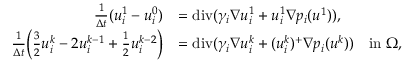
\begin{array} { r l } { \frac { 1 } { \Delta t } ( u _ { i } ^ { 1 } - u _ { i } ^ { 0 } ) } & { = \operatorname { d i v } ( \gamma _ { i } \nabla u _ { i } ^ { 1 } + u _ { i } ^ { 1 } \nabla p _ { i } ( u ^ { 1 } ) ) , } \\ { \frac { 1 } { \Delta t } \bigg ( \frac 3 2 u _ { i } ^ { k } - 2 u _ { i } ^ { k - 1 } + \frac 1 2 u _ { i } ^ { k - 2 } \bigg ) } & { = \operatorname { d i v } ( \gamma _ { i } \nabla u _ { i } ^ { k } + ( u _ { i } ^ { k } ) ^ { + } \nabla p _ { i } ( u ^ { k } ) ) \quad \mathrm { i n ~ } \Omega , } \end{array}